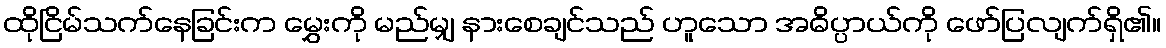
ထိုငြိမ်သက်နေခြင်းက မွှေးကို မည်မျှ နားစေချင်သည် ဟူသော အဓိပ္ပာယ်ကို ဖော်ပြလျက်ရှိ၏။